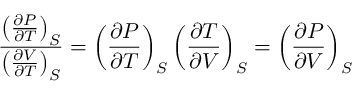
{ \frac { \left( { \frac { \partial P } { \partial T } } \right) _ { S } } { \left( { \frac { \partial V } { \partial T } } \right) _ { S } } } = \left( { \frac { \partial P } { \partial T } } \right) _ { S } \left( { \frac { \partial T } { \partial V } } \right) _ { S } = \left( { \frac { \partial P } { \partial V } } \right) _ { S }